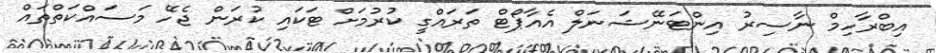
އިބްރާހިމް ނާސިރު އިންޓަނޭޝަނަލް އެއާޕޯޓް ތަރައްގީ ކުރުމަށް ޓަކައި ކުރަން ޖެހޭ މަސައްކަތްތައް